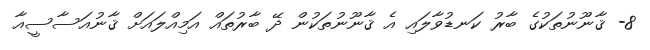
8- ޤާނޫނުތަކުގެ ބާރު ކަނޑުވާލައި އެ ޤާނޫނުތަކުން ދޭ ބާރުތައް އަމިއްލައަށް ޤާނުއަސާސީއާ